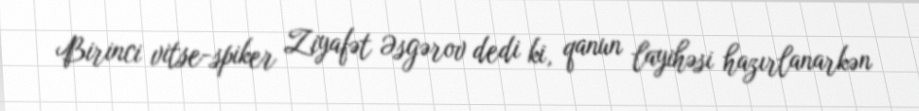
Birinci vitse-spiker Ziyafət Əsgərov dedi ki, qanun layihəsi hazırlanarkən